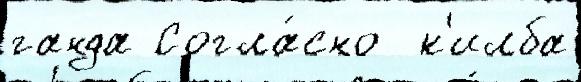
ганда Согла́сно  к'илба